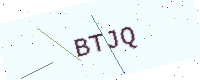
Text: BTJQ